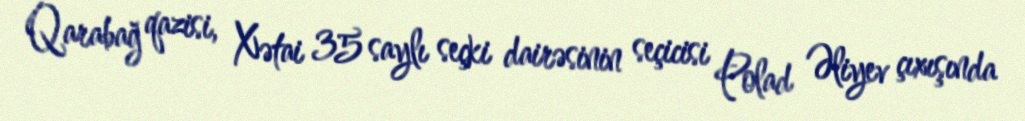
Qarabağ qazisi, Xətai 35 saylı seçki dairəsinin seçicisi Polad Əliyev çıxışında